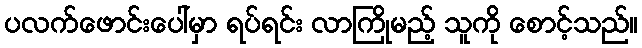
ပလက်ဖောင်းပေါ်မှာ ရပ်ရင်း လာကြိုမည့် သူကို စောင့်သည်။